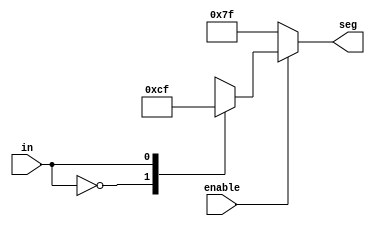
module mainfile(
input enable,
 input [0:0] in,  //4 bit input for the segment
    output reg [6:0] seg  //displays the BCD number on the 7 segment display
    );
    
    always@(in)
    
        if(enable==1'b0)            //if enable is 0 
            seg=7'b1111111;
        else
      
        begin
            case(in)            //if enable is 1 then the encoding for 0 and 1 on seven segment display
            0: seg=7'b0000001;  
            1: seg=7'b1001111;
            endcase
        end
    
    
endmodule